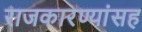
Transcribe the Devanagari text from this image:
राजकारण्यांसह